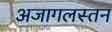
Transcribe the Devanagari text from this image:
अजागलस्तन